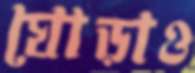
ঘোড়াও